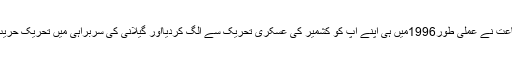
خود مبصرین بھی سمجھتے ہیں کہ جماعت نے عملی طور1996میں ہی اپنے آپ کو کشمیر کی عسکری تحریک سے الگ کردیااور گیلانی کی سربراہی میں تحریک حریت کا قیام بھی جماعت کا یہی موقف بنا ۔